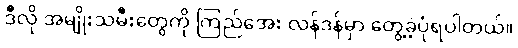
ဒီလို အမျိုးသမီးတွေကို ကြည်အေး လန်ဒန်မှာ တွေ့ခဲ့ပုံရပါတယ်။